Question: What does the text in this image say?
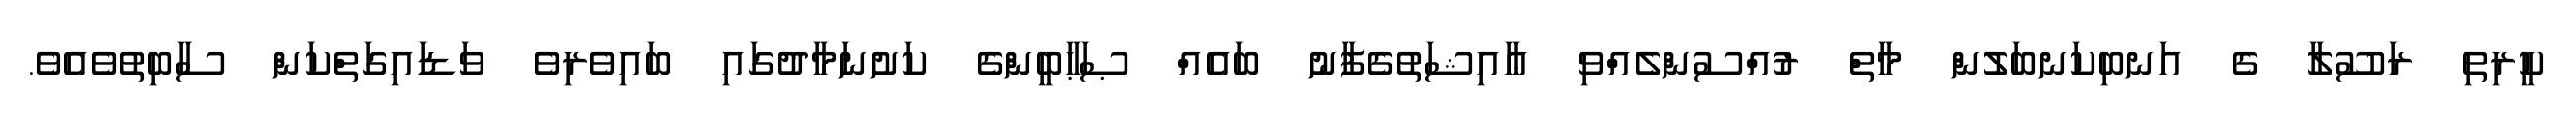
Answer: ކީރިތި ރަސޫލާ ގެ އަނބިކަނބަލުން މާތް ރުއްސުންލެއްވި ޢާއިޝަތުގެފާނު ބައެއް ޞަޙާބީންގެ ކަށުނަމާދުގައި ބައިވެރިވެ ވަޑައިގަތްކަން ސާބިތުވެއެވެ.